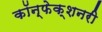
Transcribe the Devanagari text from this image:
कॉन्फेक्शनरी